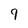
Character: 9